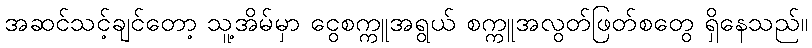
အဆင်သင့်ချင်တော့ သူ့အိမ်မှာ ငွေစက္ကူအရွယ် စက္ကူအလွတ်ဖြတ်စတွေ ရှိနေသည်။